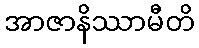
အာဇာနိဿာမီတိ